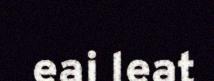
eai leat